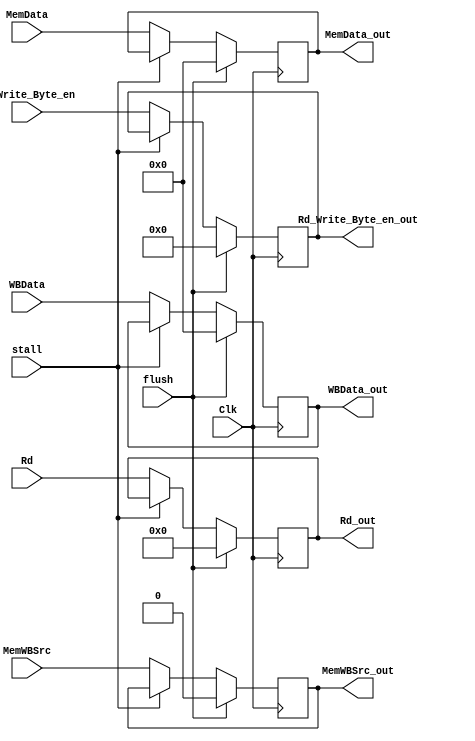
module MEM_WB_Seg(
input Clk,
input stall,
input flush,
input [31:0] MemData,
input [31:0] WBData,
input MemWBSrc,
input [3:0] Rd_Write_Byte_en,
input [4:0] Rd,

output reg [31:0] MemData_out,
output reg [31:0] WBData_out,
output reg MemWBSrc_out,
output reg [3:0] Rd_Write_Byte_en_out,
output reg [4:0] Rd_out
);

always@(posedge Clk)
begin

if(flush)
begin
	MemData_out <= 32'b0;
	WBData_out <= 32'b0;
	MemWBSrc_out <= 1'b0;
	Rd_Write_Byte_en_out <= 4'b0;
	Rd_out <= 5'b0;
end
else if(~stall)
begin
	MemData_out <= MemData;
	WBData_out <= WBData;
	MemWBSrc_out <= MemWBSrc;
	Rd_Write_Byte_en_out <= Rd_Write_Byte_en;
	Rd_out <= Rd;
end

end

endmodule